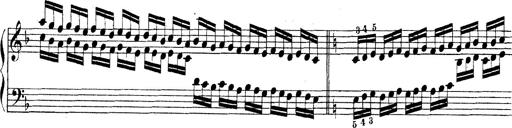
Title: Technische Studien
Composer: Franz Liszt